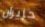
حزيران